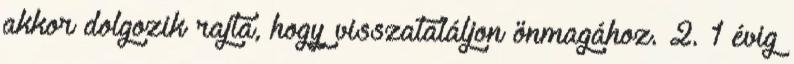
akkor dolgozik rajta, hogy visszataláljon önmagához. 2. 1 évig